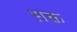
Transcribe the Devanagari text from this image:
भ़क्त